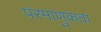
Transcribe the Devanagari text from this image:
परमाणुकता